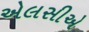
એલસીએ